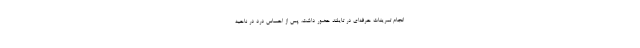
انجام تمرینات حرفه‌ای در تایلند حضور داشت، پس از احساس درد در ناحیه